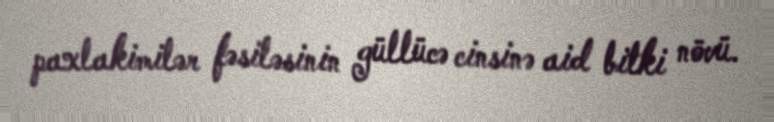
paxlakimilər fəsiləsinin güllücə cinsinə aid bitki növü.